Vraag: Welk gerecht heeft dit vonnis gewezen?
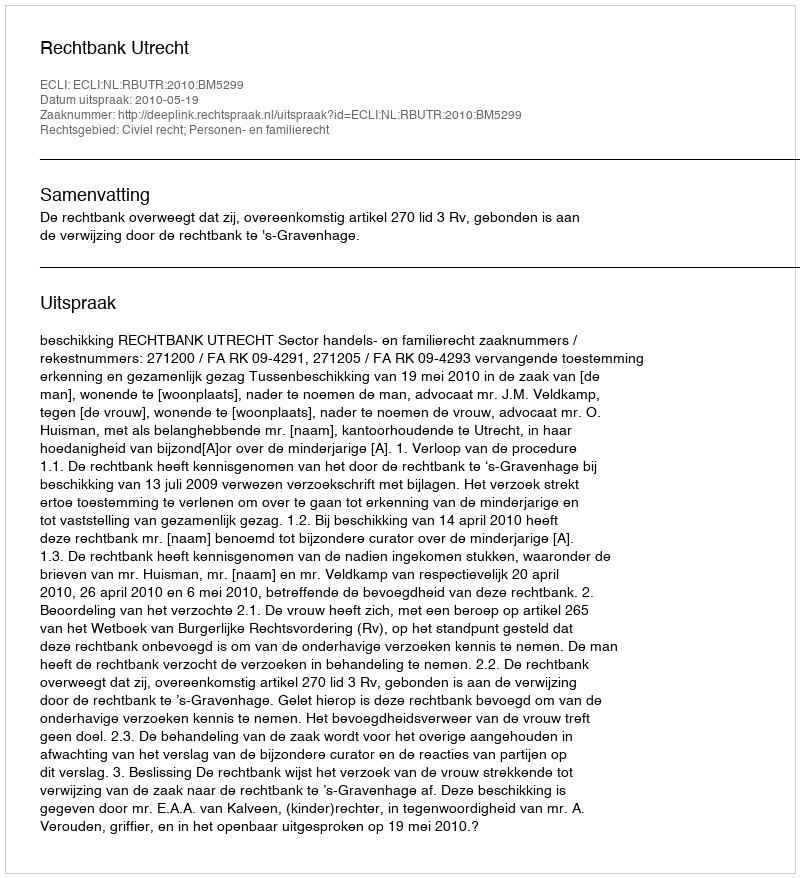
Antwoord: Rechtbank Utrecht